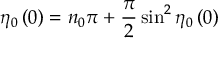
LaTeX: \eta _ { 0 } \left( 0 \right) = n _ { 0 } \pi + \frac { \pi } { 2 } \sin ^ { 2 } \eta _ { 0 } \left( 0 \right)